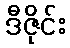
ဒီဇိုင်း